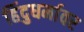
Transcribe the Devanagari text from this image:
हिंदुधर्मावर